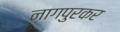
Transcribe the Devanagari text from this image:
नागपुरकर